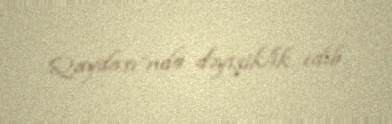
Qaydası”nda dəyişiklik edib.